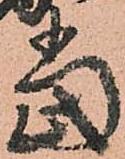
當